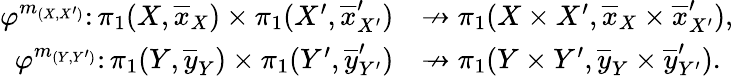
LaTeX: \begin{array}{rl}{\varphi^{m_{(X,X^{\prime})}}\colon\pi_{1}(X,\overline{{x}}_{X})\times\pi_{1}(X^{\prime},\overline{{x}}_{X^{\prime}}^{\prime})}&{\nrightarrow\pi_{1}(X\times X^{\prime},\overline{{x}}_{X}\times\overline{{x}}_{X^{\prime}}^{\prime}),}\\ {\varphi^{m_{(Y,Y^{\prime})}}\colon\pi_{1}(Y,\overline{{y}}_{Y})\times\pi_{1}(Y^{\prime},\overline{{y}}_{Y^{\prime}}^{\prime})}&{\nrightarrow\pi_{1}(Y\times Y^{\prime},\overline{{y}}_{Y}\times\overline{{y}}_{Y^{\prime}}^{\prime}).}\end{array}